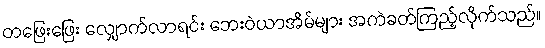
တဖြေးဖြေး လျှောက်လာရင်း ဘေးဝဲယာအိမ်များ အကဲခတ်ကြည့်လိုက်သည်။